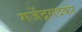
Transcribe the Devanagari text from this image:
गजेंद्रगदकर